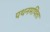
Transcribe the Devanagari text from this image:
पथनमथित्ता